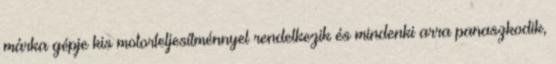
márka gépje kis motorteljesítménnyel rendelkezik és mindenki arra panaszkodik,